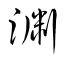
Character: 渊